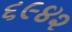
૬૯૪૨